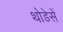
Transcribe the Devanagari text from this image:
थोडेसें